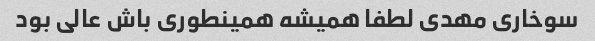
سوخاری مهدی لطفا همیشه همینطوری باش عالی بود